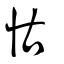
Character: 怙